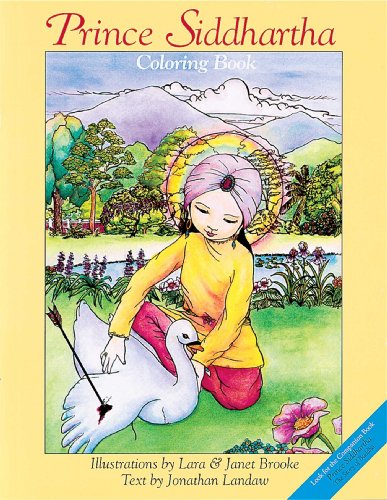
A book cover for Prince Siddhartha Coloring Book; Jonathan Landaw; Children's Books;